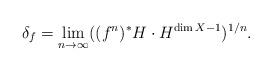
LaTeX: \begin{align*}\delta_{f}=\lim_{n \to \infty} ((f^{n})^{*}H\cdot H^{\dim X-1})^{1/n}.\end{align*}